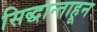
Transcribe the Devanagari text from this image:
सिद्धान्ताहून